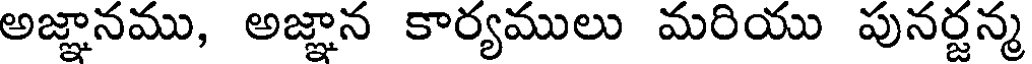
అజ్ఞానము, అజ్ఞాన కార్యములు మరియు పునర్జన్మ